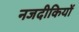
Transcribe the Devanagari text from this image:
नजदीकियों